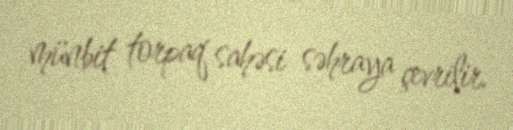
münbit torpaq sahəsi səhraya çevrilir.